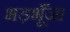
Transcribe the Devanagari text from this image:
भड़भूँजा